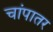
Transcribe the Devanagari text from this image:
चांपातर